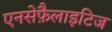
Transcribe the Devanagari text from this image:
एनसेफ़ैलाइटिज